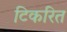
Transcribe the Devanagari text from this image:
टिकरित